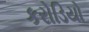
કરોડિયો